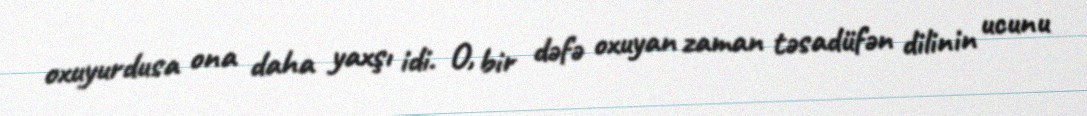
oxuyurdusa ona daha yaxşı idi. O, bir dəfə oxuyan zaman təsadüfən dilinin ucunu